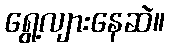
ရွေ့လျားနေဆဲ။